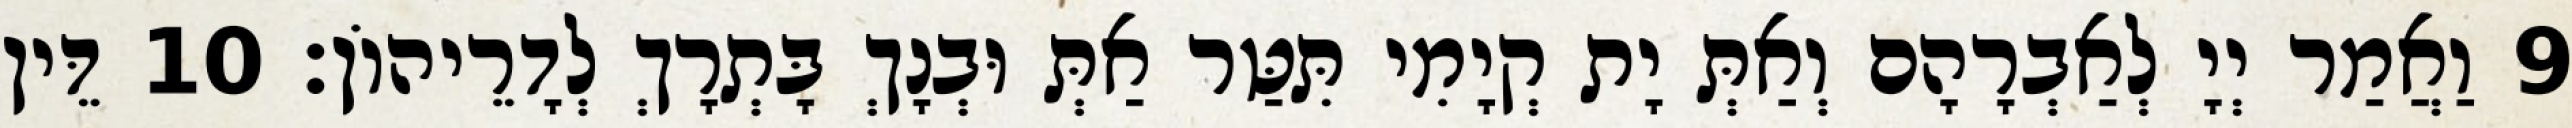
9 וַאֲמַר יְיָ לְאַבְרָהָם וְאַתְּ יָת קְיָמִי תִּטַּר אַתְּ וּבְנָךְ בָּתְרָךְ לְדָרֵיהוֹן׃ 10 דֵּין